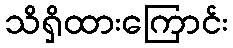
သိရှိထားကြောင်း